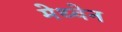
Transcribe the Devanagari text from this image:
मेथ्वेन